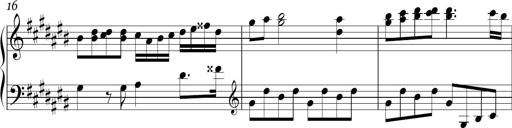
Title: Ten Piano Sonatinas
Composer: Andreas Sain